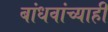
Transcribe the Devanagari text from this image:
बांधवांच्याही